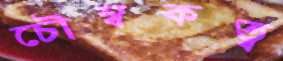
চৌম্বকত্ব